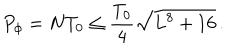
P _ { \phi } = N T _ { 0 } \leq \frac { T _ { 0 } } { 4 } \sqrt { L ^ { 8 } + 1 6 } \, .